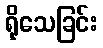
ရိုသေခြင်း